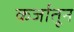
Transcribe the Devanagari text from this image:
कर्जातून